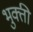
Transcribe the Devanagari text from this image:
भुक्ती